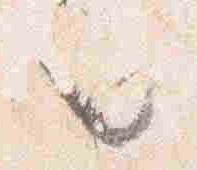
之